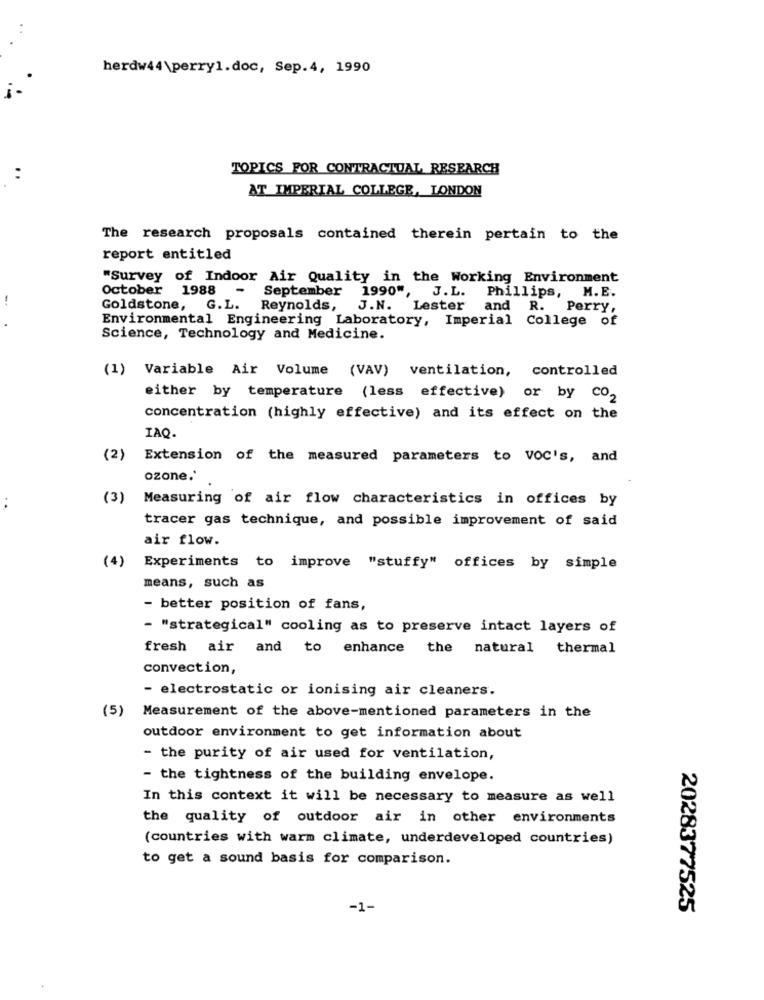
..
herdw44\perry1.doc, Sep.4, 1990
TOPICS FOR CONTRACTUAL RESEARCH
..
AT IMPERIAL COLLEGE, LONDON
The research proposals contained therein pertain to the
report entitled
"Survey of Indoor Air Quality in the Working Environment
October 1988 -
September 1990", J.L.
Phillips, M. E.
Goldstone, G.L.
Reynolds,
J.N.
Lester and R. Perry,
Environmental Engineering Laboratory, Imperial
College of
Science, Technology and Medicine.
(1) Variable Air Volume (VAV) ventilation, controlled
either by temperature (less effective) or by co2
concentration (highly effective) and its effect on the
IAQ.
(2)
Extension of the measured parameters to VOC's, and
ozone.'
:
(3)
Measuring of air flow characteristics in offices by
tracer gas technique, and possible improvement of said
air flow.
(4)
Experiments to improve "stuffy" offices by simple
means, such as
- better position of fans,
- "strategical" cooling as to preserve intact layers of
fresh air and to enhance the natural
thermal
convection,
- electrostatic or ionising air cleaners.
(5)
Measurement of the above-mentioned parameters in the
outdoor environment to get information about
- the purity of air used for ventilation,
- the tightness of the building envelope.
In this context it will be necessary to measure as well
the quality of outdoor air in other environments
(countries with warm climate, underdeveloped countries)
to get a sound basis for comparison.
-1-
2028377525